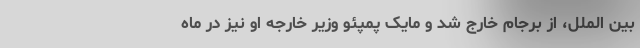
بین الملل، از برجام خارج شد و مایک پمپئو وزیر خارجه او نیز در ماه